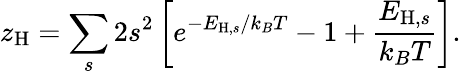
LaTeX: z_{\mathrm{H}}=\sum_{s}2s^{2}\left[e^{-E_{\mathrm{H},s}/k_{B}T}-1+\frac{E_{\mathrm{H},s}}{k_{B}T}\right].